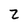
Character: 2